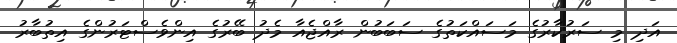
އަދި މި ސަރުކާރުގެ މަސައްކަތުގެ ސަބަބުން ރާއްޖެއާ މެދު ބޭރުގެ އިންވެސްޓަރުންގެ އިތުބާރު